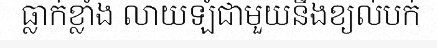
ធ្លាក់ខ្លាំង លាយឡំជាមួយនឹងខ្យល់បក់